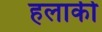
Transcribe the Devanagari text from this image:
हलाकी